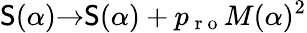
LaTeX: \mathsf{S}(\alpha){\rightarrow}\mathsf{S}(\alpha)+p_{\mathrm{{~r~o~}}}M(\alpha)^{2}